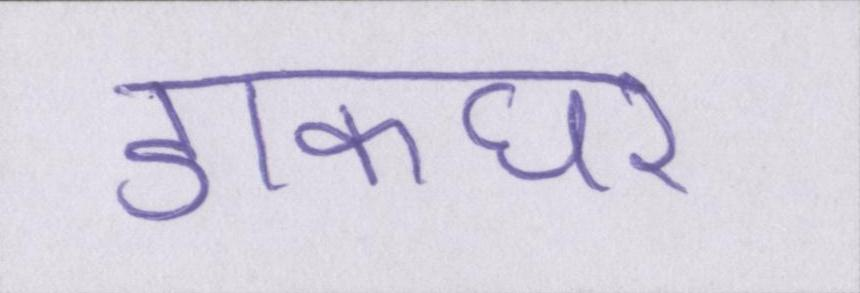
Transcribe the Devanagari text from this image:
डाकघर